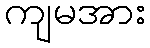
ကျမအား